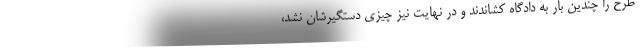
طرح را چندین بار به دادگاه کشاندند و در نهایت نیز چیزی دستگیرشان نشد،